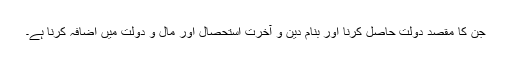
جن کا مقصد دولت حاصل کرنا اور بنام دین و آخرت استحصال اور مال و دولت میں اضافہ کرنا ہے۔